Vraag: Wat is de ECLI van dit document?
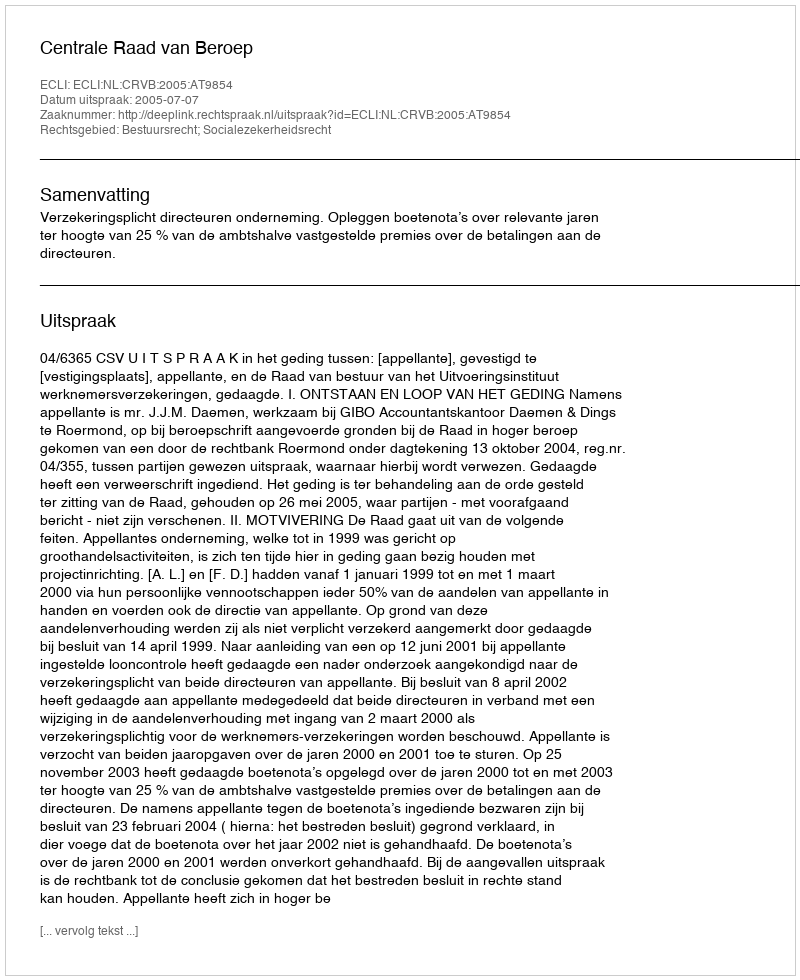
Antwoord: ECLI:NL:CRVB:2005:AT9854